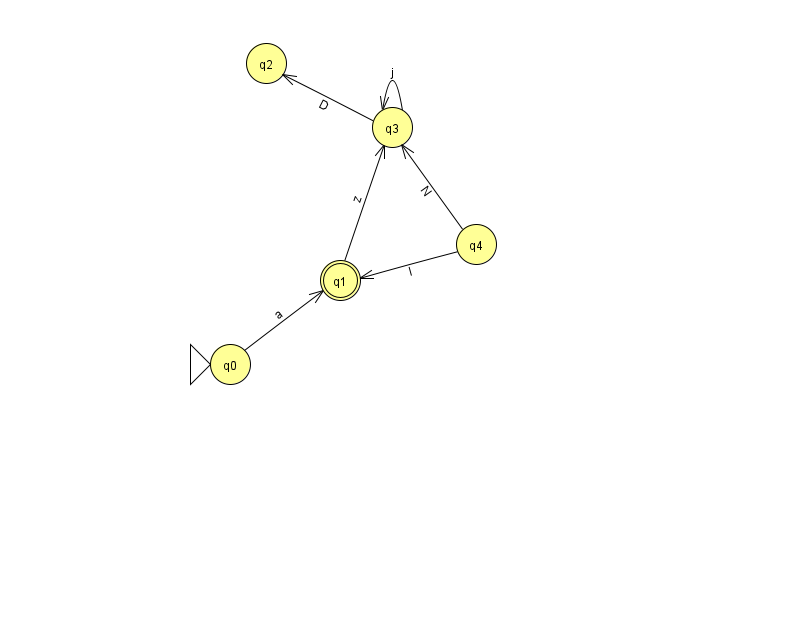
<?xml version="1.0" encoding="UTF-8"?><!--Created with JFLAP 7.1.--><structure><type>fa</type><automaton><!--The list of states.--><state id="0" name="q0"><x>230.0</x><y>351.0</y><initial/></state><state id="1" name="q1"><x>340.0</x><y>267.0</y><final/></state><state id="2" name="q2"><x>266.0</x><y>50.0</y></state><state id="3" name="q3"><x>392.0</x><y>114.0</y></state><state id="4" name="q4"><x>476.0</x><y>231.0</y></state><!--The list of transitions.--><transition><from>1</from><to>3</to><read>z</read></transition><transition><from>3</from><to>2</to><read>D</read></transition><transition><from>0</from><to>1</to><read>a</read></transition><transition><from>4</from><to>1</to><read>l</read></transition><transition><from>3</from><to>3</to><read>j</read></transition><transition><from>4</from><to>3</to><read>N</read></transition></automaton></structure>